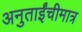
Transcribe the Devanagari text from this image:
अनुताईंचीमात्र